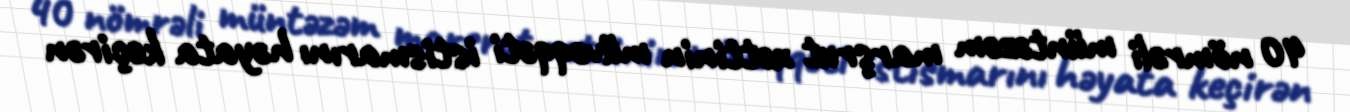
40 nömrəli müntəzəm marşrut xəttinin müvəqqəti istismarını həyata keçirən